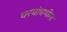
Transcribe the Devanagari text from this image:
घरबांधणीला